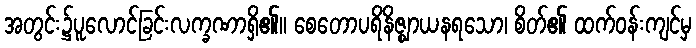
အတွင်း၌ပူလောင်ခြင်းလက္ခဏာရှိ၏။ စေတောပရိနိဇ္ဈာယနရသော၊ စိတ်၏ ထက်ဝန်းကျင်မှ